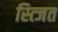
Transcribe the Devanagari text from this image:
स्त्जित